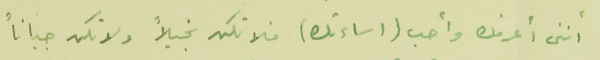
أننى أعرفك وأحب (اساءتك) فلا تكن بخيلاً ولا تكن جباناً